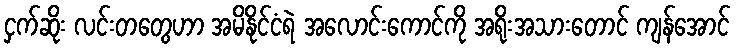
ငှက်ဆိုး လင်းတတွေဟာ အမိနိုင်ငံရဲ အလောင်းကောင်ကို အရိုးအသားတောင် ကျန်အောင်